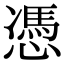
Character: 憑